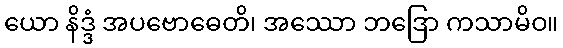
ယော နိဒ္ဒံ အပဗောဓေတိ၊ အဿော ဘဒြော ကသာမိဝ။